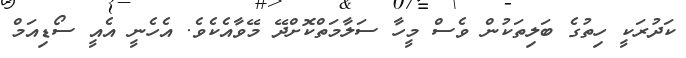
ކަދުރަކީ ހިތުގެ ބަލިތަކުން ވެސް މީހާ ސަލާމަތްކޮށްދޭ މޭވާއެކެވެ. އެހެނީ އެއީ ސޯޑިއަމް